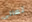
تعالى